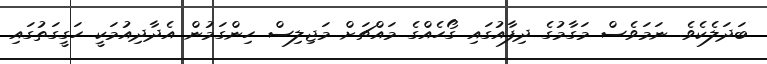
ބަދަލެކެވެ. ނަމަވެސް މަގާމުގެ ދިފާއުގައި ގޯހެއްގެ މައްޗަށް މަޖިލިސް ހިންގަމުން އެދާދިއުމަކީ ހަގީގަތުގައި